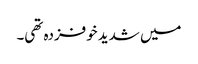
میں شدید خوفزدہ تھی۔